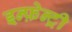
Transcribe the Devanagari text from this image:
इन्फ़ेन्ट्री